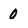
Character: 0